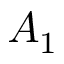
A _ { 1 }